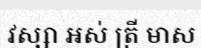
វស្សា អស់ ត្រី មាស